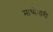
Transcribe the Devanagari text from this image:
माध्येभागी